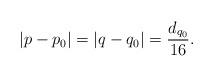
LaTeX: \begin{align*}|p-p_0| = |q-q_0| = \frac{d_{q_0}}{16}.\end{align*}